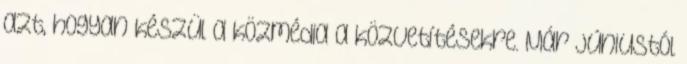
azt, hogyan készül a közmédia a közvetítésekre. Már júniustól